Vaccination North-Western Provinces 1866-1877 - 1866-1877
Year: 1866
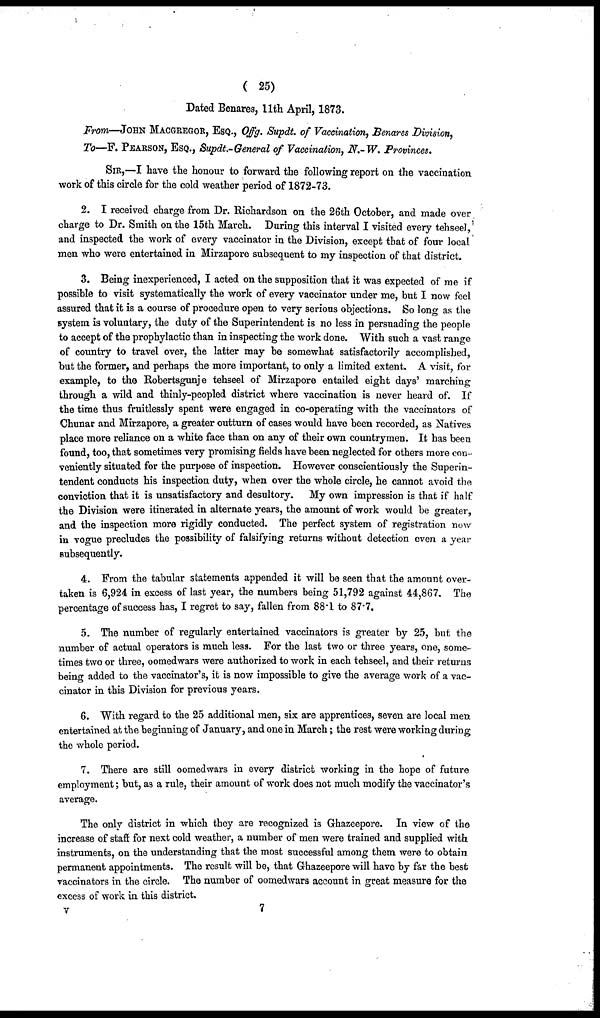
( 25)
Dated Benares, 11th April, 1873.
From—JOHN MACGREGOR, ESQ., Offg. Supdt. of Vaccination, Benares Division,
To—F. PEARSON, ESQ., Supdt.-General of Vaccination, N.-W. Provinces,
SIR,— I have the honour to forward the following report on the vaccination
work of this circle for the cold weather period of 1872-73.
2. I received charge from Dr. Richardson on the 26th October, and made over
charge to Dr. Smith on the 15th March. During this interval I visited every tehseel,
and inspected the work of every vaccinator in the Division, except that of four local
men who were entertained in Mirzapore subsequent to my inspection of that district.
3. Being inexperienced, I acted on the supposition that it was expected of me if
possible to visit systematically the work of every vaccinator under me, but I now feel
assured that it is a course of procedure open to very serious objections. So long as the
system is voluntary, the duty of the Superintendent is no less in persuading the people
to accept of the prophylactic than in inspecting the work done. With such a vast range
of country to travel over, the latter may be somewhat satisfactorily accomplished,
but the former, and perhaps the more important, to only a limited extent. A visit, for
example, to the Robertsgunje tehseel of Mirzapore entailed eight days' marching
through a wild and thinly-peopled district where vaccination is never heard of. If
the time thus fruitlessly spent were engaged in co-operating with the vaccinators of
Chunar and Mirzapore, a greater outturn of cases would have been recorded, as Natives
place more reliance on a white face than on any of their own countrymen. It has been
found, too, that sometimes very promising fields have been neglected for others more con-
veniently situated for the purpose of inspection. However conscientiously the Superin-
tendent conducts his inspection duty, when over the whole circle, he cannot avoid the
conviction that it is unsatisfactory and desultory.
My own impression is that if half
the Division were itinerated in alternate years, the amount of work would be greater,
and the inspection more rigidly conducted. The perfect system of registration now
in vogue precludes the possibility of falsifying returns without detection even a year
subsequently.
4. From the tabular statements appended it will be seen that the amount over-
taken is 6,924 in excess of last year, the numbers being 51,792 against 44,867. The
percentage of success has, I regret to say, fallen from 88.1 to 87.7.
5. The number of regularly entertained vaccinators is greater by 25, but the
number of actual operators is much less. For the last two or three years, one, some-
times two or three, oomedwars were authorized to work in each tehseel, and their returns
being added to the vaccinator's, it is now impossible to give the average work of a vac-
cinator in this Division for previous years.
6. With regard to the 25 additional men, six are apprentices, seven are local men
entertained at the beginning of January, and one in March; the rest were working during
the whole period.
7. There are still oomedwars in every district working in the hope of future
employment; but, as a rule, their amount of work does not much modify the vaccinator's
average.
The only district in which they are recognized is Ghazeepore. In view of the
increase of staff for next cold weather, a number of men were trained and supplied with
instruments, on the understanding that the most successful among them were to obtain
permanent appointments. The result will be, that Ghazeepore will have by far the best
vaccinators in the circle. The number of oomedwars account in great measure for the
excess of work in this district.
V
7